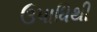
ઉપાધિથી